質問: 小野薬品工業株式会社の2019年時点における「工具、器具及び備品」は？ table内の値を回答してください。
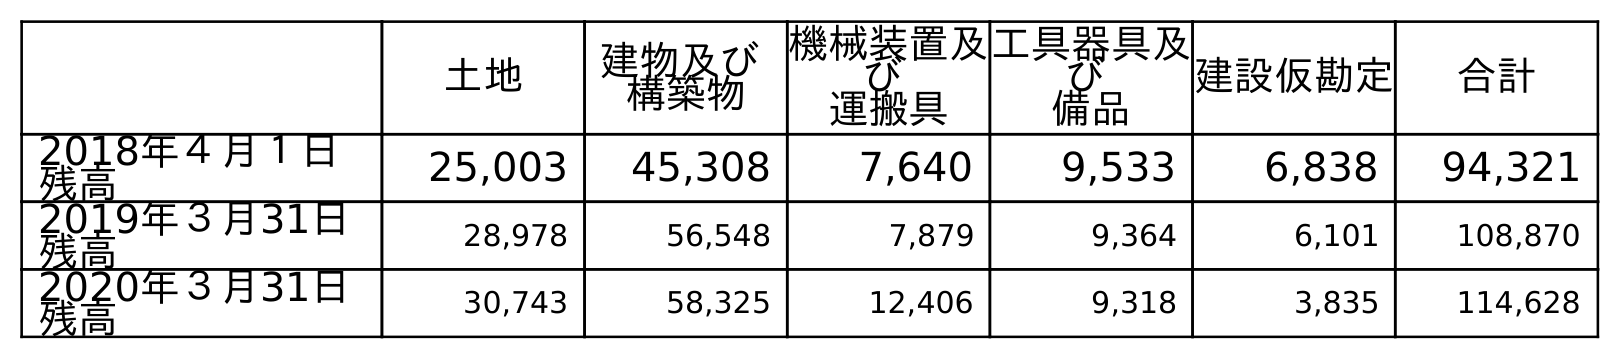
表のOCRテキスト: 土地 建物及び 構築物 機械装置及 び 運搬具 工具器具及 び 備品 建設仮勘定 合計 2018年４月１日 残高 25,003 45,308 7,640 9,533 6,838 94,321 2019年３月31日 残高 28,978 56,548 7,879 9,364 6,101 108,870 2020年３月31日 残高 30,743 58,325 12,406 9,318 3,835 114,628
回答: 9,364